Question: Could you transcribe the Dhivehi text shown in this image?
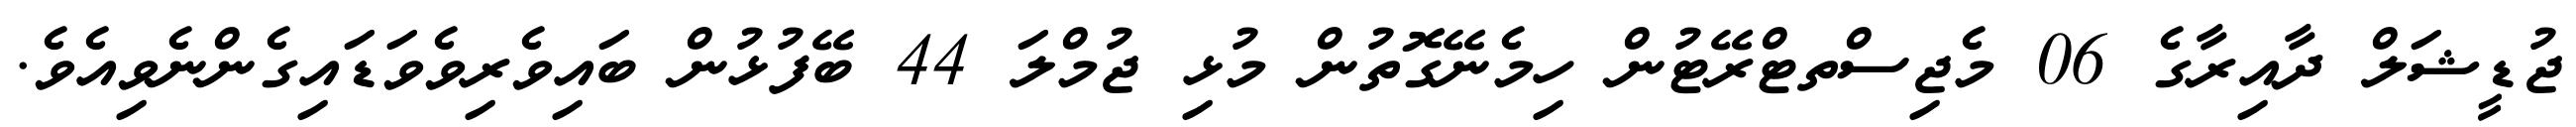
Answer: ޖުޑީޝަލް ދާއިރާގެ 06 މެޖިސްތޓްރޭޓުން ހިމެނޭގޮތުން މުޅި ޖުމްލަ 44 ބޭފުޅުން ބައިވެރިވެވަޑައިގެންނެވިއެވެ.